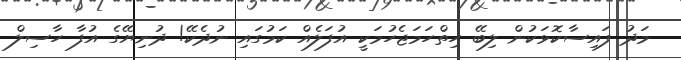
މަދު ފައިސާކޮޅަކުން ލިބޭ ހިތްހަމަޖެހުމަކީ އުފަލެއް ކަމުގައި ނުދެކޭ! ދުނިޔޭގެ އުފާ ހާސިލް